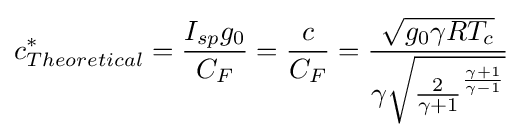
c_{Theoretical}^{*}={\frac {I_{sp}g_{0}}{C_{F}}}={\frac {c}{C_{F}}}={\frac {\sqrt {g_{0}\gamma RT_{c}}}{\gamma {\sqrt {{\frac {2}{\gamma +1}}^{\frac {\gamma +1}{\gamma -1}}}}}}